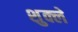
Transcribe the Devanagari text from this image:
शुक्ले